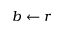
b \gets r